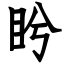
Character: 盻